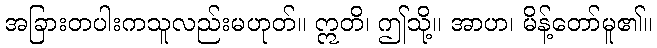
အခြားတပါးကသူလည်းမဟုတ်။ ဣတိ၊ ဤသို့။ အာဟ၊ မိန့်တော်မူ၏။